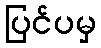
ပြင်ပမှ